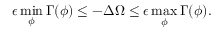
\epsilon \operatorname* { m i n } _ { \phi } \Gamma ( \phi ) \leq - \Delta \Omega \leq \epsilon \operatorname* { m a x } _ { \phi } \Gamma ( \phi ) .